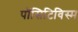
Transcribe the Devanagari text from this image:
पॉसिटिविस्म